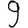
Digit: 9